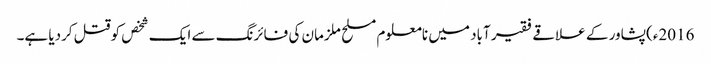
2016ء)پشاور کے علاقے فقیر آباد میں نامعلوم مسلح ملزمان کی فائرنگ سے ایک شخص کوقتل کردیا ہے۔